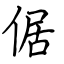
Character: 倨